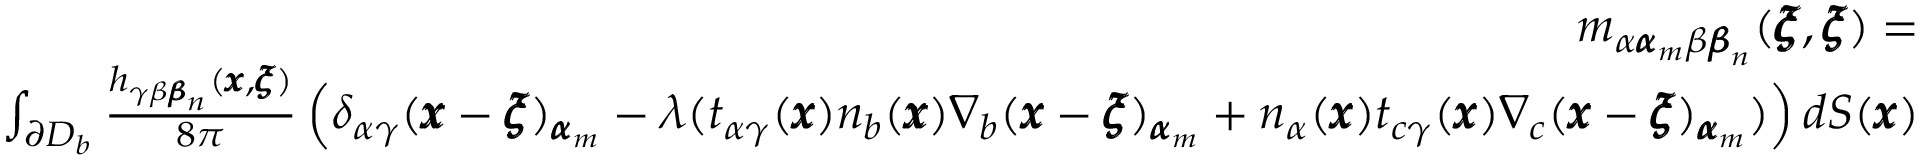
\begin{array} { r l r } & { } & { m _ { \alpha { \pmb \alpha } _ { m } \beta { \pmb \beta } _ { n } } ( { \pmb \xi } , { \pmb \xi } ) = } \\ & { } & { \int _ { \partial D _ { b } } \frac { h _ { \gamma \beta { \pmb \beta } _ { n } } ( { \pmb x } , { \pmb \xi } ) } { 8 \pi } \left( \delta _ { \alpha \gamma } ( { \pmb x } - { \pmb \xi } ) _ { { \pmb \alpha } _ { m } } - \lambda ( t _ { \alpha \gamma } ( { \pmb x } ) n _ { b } ( { \pmb x } ) \nabla _ { b } ( { \pmb x } - { \pmb \xi } ) _ { { \pmb \alpha } _ { m } } + n _ { \alpha } ( { \pmb x } ) t _ { c \gamma } ( { \pmb x } ) \nabla _ { c } ( { \pmb x } - { \pmb \xi } ) _ { { \pmb \alpha } _ { m } } ) \right) d S ( { \pmb x } ) } \end{array}